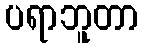
ပရာဘူတာ